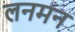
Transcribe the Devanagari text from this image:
लनमन